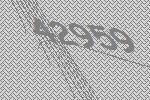
42959